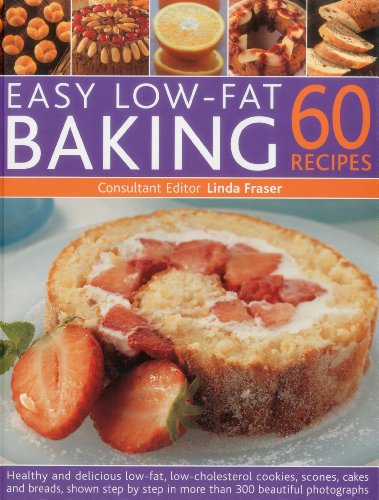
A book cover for Easy Low Fat Baking: 60 Recipes: Healthy and delicious low-fat, low cholesterol cookies, scones, cakes and bakes, shown step-by-step in 300 beautiful photographs; Linda Fraser; Cookbooks, Food & Wine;